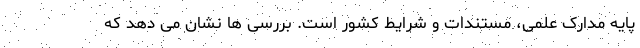
پایه مدارک علمی، مستندات و شرایط کشور است. بررسی ها نشان می دهد که